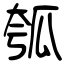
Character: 瓠